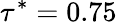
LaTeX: \tau^{*}=0.75